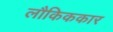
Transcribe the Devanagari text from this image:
लौकिककार